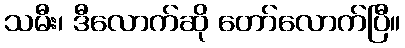
သမီး၊ ဒီလောက်ဆို တော်လောက်ပြီ။